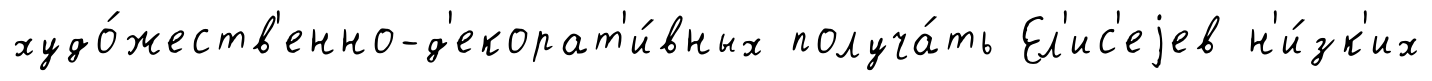
худо́жеств'енно-д'екорат'и́вных получа́ть Ел'ис'еjев н'и́зк'их